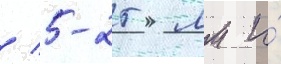
/ 5-25 мм и́